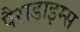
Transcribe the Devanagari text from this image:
पैराडाइम्स